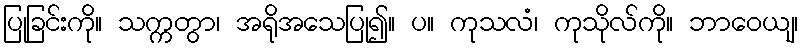
ပြုခြင်းကို။ သက္ကတွာ၊ အရိုအသေပြု၍။ ပ။ ကုသလံ၊ ကုသိုလ်ကို။ ဘာဝေယျ၊